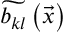
\widetilde { b _ { k l } } \left( \vec { x } \right)